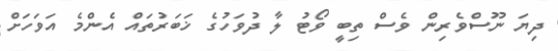
ދިޔަ ނޫސްވެރިން ވެސް ތިބީ ވޯޓު ލާ ދުވަހުގެ ޚަބަރުތައް އެންމެ އަވަހަށް